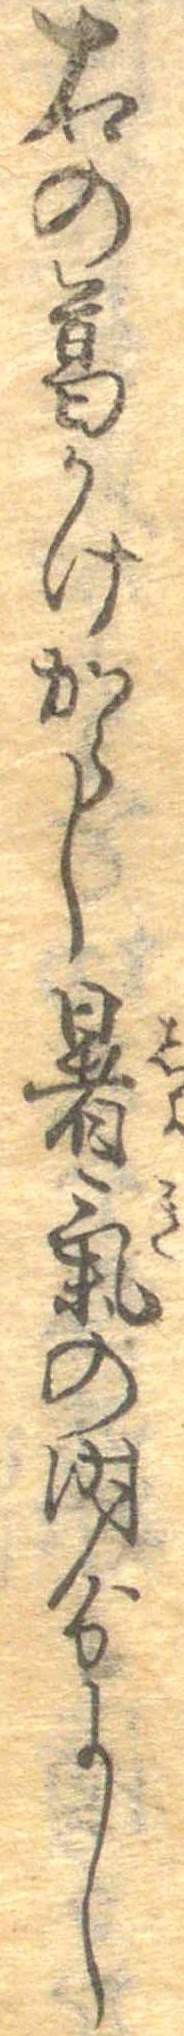
右の葛かけからし暑気の時分よし